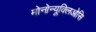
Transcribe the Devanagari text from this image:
मोनोन्यूक्लिओसि